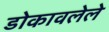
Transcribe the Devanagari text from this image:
डोकावलेले